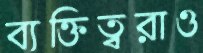
ব্যক্তিত্বরাও